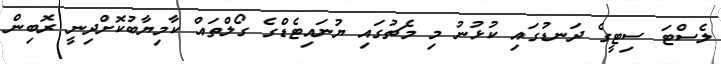
ލެސްޓަ ސިޓީގެ ދަނޑުގައި ކުޅުނު މި މެޗުގައި ޔުނައިޓެޑްގެ ގޯލްތައް ކާމިޔާބުކޮށްދިނީ ރޮބިން